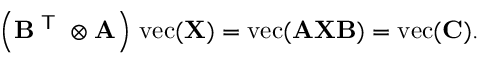
\left( \mathbf { B } ^ { \textsf { T } } \otimes \mathbf { A } \right) \, \operatorname { v e c } ( \mathbf { X } ) = \operatorname { v e c } ( \mathbf { A X B } ) = \operatorname { v e c } ( \mathbf { C } ) .